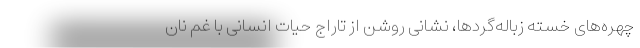
چهره‌های خسته زباله‌گردها، نشانی روشن از تاراج حیات انسانی با غم نان